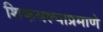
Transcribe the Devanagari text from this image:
शिकवल्याप्रमाणे